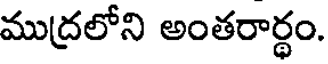
ముద్రలోని అంతరార్థం.